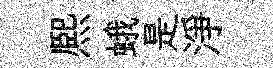
熈蛾是淨